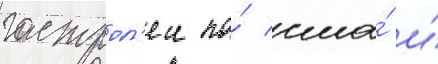
гастрол'еи по́ сша́ и́